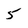
Character: 5